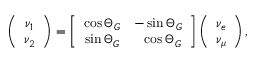
\left( \begin{array} { c } { { \nu _ { 1 } } } \\ { { \nu _ { 2 } } } \end{array} \right) = \left[ \begin{array} { c c } { { \cos \Theta _ { G } } } & { { - \sin \Theta _ { G } } } \\ { { \sin \Theta _ { G } } } & { { \ \ \cos \Theta _ { G } } } \end{array} \right] \left( \begin{array} { c } { { \nu _ { e } } } \\ { { \nu _ { \mu } } } \end{array} \right) ,